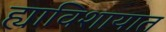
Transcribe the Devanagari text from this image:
ह्याविशायात